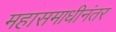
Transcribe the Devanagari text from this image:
महासमाधीनंतर